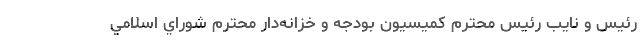
رئيس و نايب رئيس محترم كميسيون بودجه و خزانه‌دار محترم شوراي اسلامي